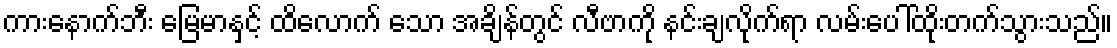
ကားနောက်ဘီး မြေမာနှင့် ထိလောက် သော အချိန်တွင် လီဗာကို နင်းချလိုက်ရာ လမ်းပေါ်ထိုးတက်သွားသည်။